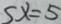
x = 5